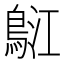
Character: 𪀤